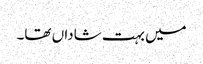
میں بہت شاداں تھا۔